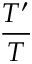
\frac { T ^ { \prime } } { T }